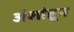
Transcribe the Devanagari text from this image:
अंशांहून